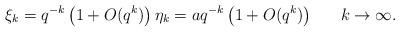
LaTeX: \begin{align*} \xi_{k}=q^{-k}\left(1+O(q^{k})\right) \eta_{k}=aq^{-k}\left(1+O(q^{k})\right)\ \ \ \ \ k\to\infty. \end{align*}